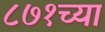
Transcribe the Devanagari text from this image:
८७१च्या